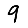
Digit: 9